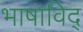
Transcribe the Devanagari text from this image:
भाषाविद्‍